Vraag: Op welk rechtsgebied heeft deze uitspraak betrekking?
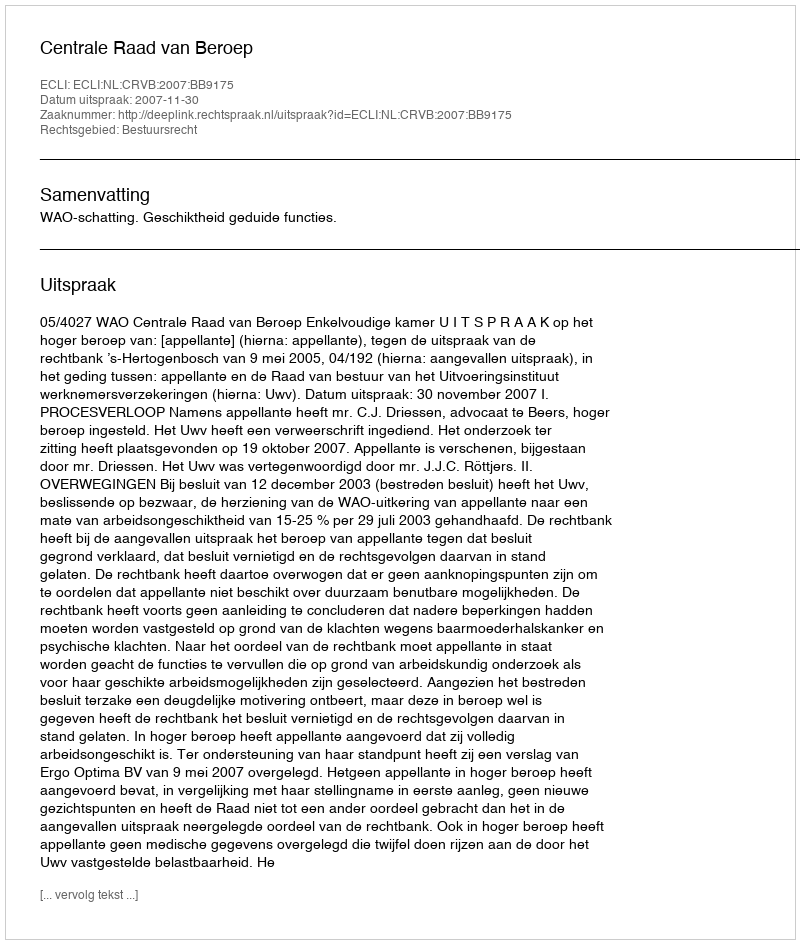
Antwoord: Bestuursrecht